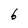
Character: 6